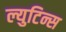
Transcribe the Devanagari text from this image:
ल्युटिन्स